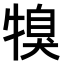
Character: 𤚯